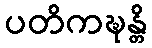
ပတိကဍ္ဎန္တိ